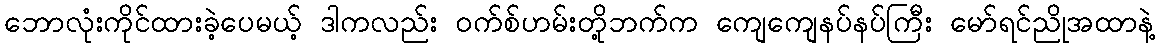
ဘောလုံးကိုင်ထားခဲ့ပေမယ့် ဒါကလည်း ဝက်စ်ဟမ်းတို့ဘက်က ကျေကျေနပ်နပ်ကြီး မော်ရင်ညိုအထာနဲ့